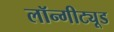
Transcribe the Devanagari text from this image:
लॉन्गीट्यूड